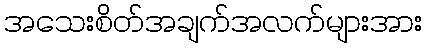
အသေးစိတ်အချက်အလက်များအား